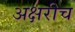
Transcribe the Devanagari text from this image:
अक्षरीच